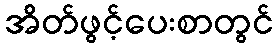
အိတ်ဖွင့်ပေးစာတွင်